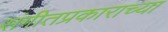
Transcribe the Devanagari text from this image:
संगीतप्रकाराच्या